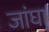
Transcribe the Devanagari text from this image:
जांघा